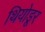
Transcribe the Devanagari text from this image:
थियोडूर